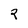
Character: R